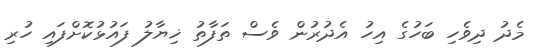
މެދު ދިވެހި ބަހުގެ އިހު އެދުރުން ވެސް ތަފާތު ޚިޔާލު ފައުޅުކޮށްފައި ހުރި